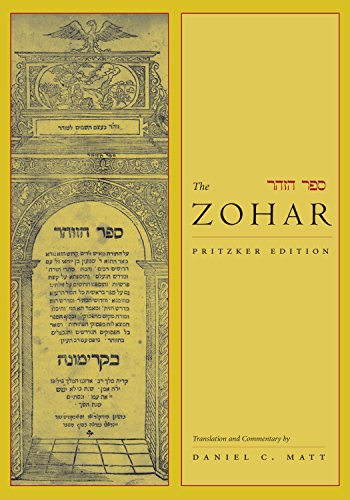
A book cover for The Zohar: Pritzker Edition, Volume Nine; Religion & Spirituality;